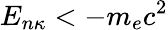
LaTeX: E_{n\kappa}<-m_{e}c^{2}